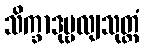
သိက္ခာဒုဗ္ဗလျသုတ္တံ